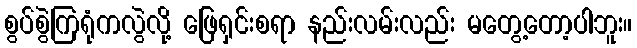
စွပ်စွဲကြရုံကလွဲလို့ ဖြေရှင်းစရာ နည်းလမ်းလည်း မတွေ့တော့ပါဘူး။